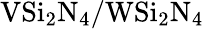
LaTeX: \mathrm{VSi_{2}N_{4}/WSi_{2}N_{4}}